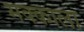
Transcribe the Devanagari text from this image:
मक्काला